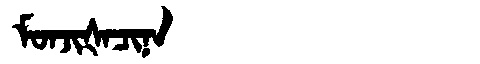
Manchu: ᠮᠣᠨᠵᡳᡧᠠᠴᡳᠨᠠ
Romanization: MONJIŠACINA